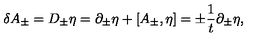
\delta A _ { \pm } = D _ { \pm } \eta = \partial _ { \pm } \eta + [ A _ { \pm } , \eta ] = \pm { \frac { 1 } { t } } \partial _ { \pm } \eta ,